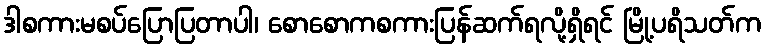
ဒါစကားမစပ်ပြောပြတာပါ၊ စောစောကစကားပြန်ဆက်ရလို့ရှိရင် မြို့ပရိသတ်က